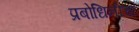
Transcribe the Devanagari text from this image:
प्रबोधिनीचा